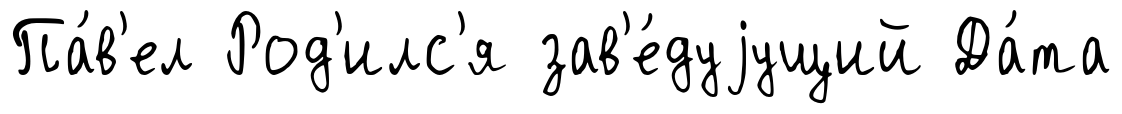
Па́в'ел Род'илс'я зав'е́дуjущий Да́та